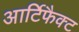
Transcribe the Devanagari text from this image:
आर्टिफैक्ट